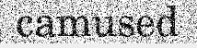
camused